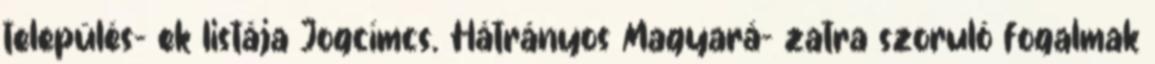
település- ek listája Jogcímcs. Hátrányos Magyará- zatra szoruló fogalmak